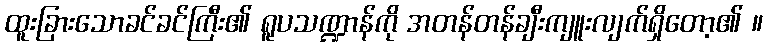
ထူးခြားသောခင်ခင်ကြီး၏ ရူပသဏ္ဍာန်ကို အတန်တန်ချီးကျူးလျက်ရှိတော့၏ ။